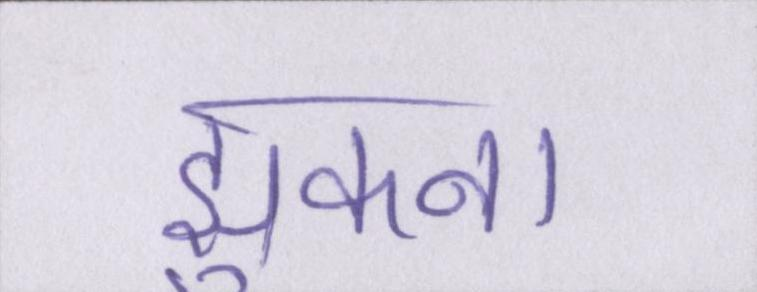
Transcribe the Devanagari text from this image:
झुकना